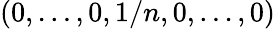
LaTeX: (0,\ldots,0,1/n,0,\ldots,0)